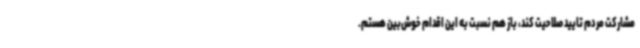
مشارکت مردم تایید صلاحیت کند، باز هم نسبت به این اقدام خوش‌بین هستم.